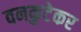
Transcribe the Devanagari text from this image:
वनकुटेकर